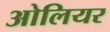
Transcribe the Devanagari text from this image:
ओलियर